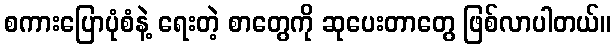
စကားပြောပုံစံနဲ့ ရေးတဲ့ စာတွေကို ဆုပေးတာတွေ ဖြစ်လာပါတယ်။